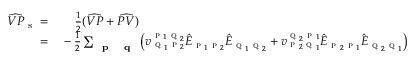
\begin{array} { r l } { \widehat { V P } _ { \mathrm { ~ s ~ } } = } & { { } \; \; \; \; \frac { 1 } { 2 } ( \widehat { V P } + \widehat { P V } ) } \\ { = } & { { } - \frac { 1 } { 2 } \sum _ { \textbf { \textsc { p } } \textbf { \textsc { q } } } \left( v _ { \textsc { q } _ { 1 } \textsc { p } _ { 2 } } ^ { \textsc { p } _ { 1 } \textsc { q } _ { 2 } } \hat { E } _ { \textsc { p } _ { 1 } \textsc { p } _ { 2 } } \hat { E } _ { \textsc { q } _ { 1 } \textsc { q } _ { 2 } } + v _ { \textsc { p } _ { 2 } \textsc { q } _ { 1 } } ^ { \textsc { q } _ { 2 } \textsc { p } _ { 1 } } \hat { E } _ { \textsc { p } _ { 2 } \textsc { p } _ { 1 } } \hat { E } _ { \textsc { q } _ { 2 } \textsc { q } _ { 1 } } \right) } \end{array}